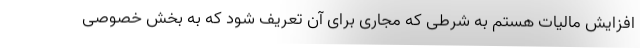
افزایش مالیات هستم به شرطی که مجاری برای آن تعریف شود که به بخش خصوصی